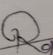
Signature authenticity: genuine